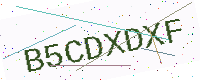
Text: B5CDXDXF